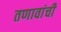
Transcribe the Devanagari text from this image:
तणावांची